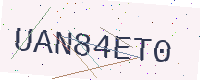
Text: UAN84ET0